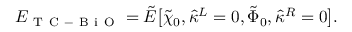
E _ { \mathrm { ~ T ~ C ~ - ~ B ~ i ~ O ~ } } = \tilde { E } \big [ \tilde { \chi } _ { 0 } , \hat { \kappa } ^ { L } = 0 , \tilde { \Phi } _ { 0 } , \hat { \kappa } ^ { R } = 0 \big ] .